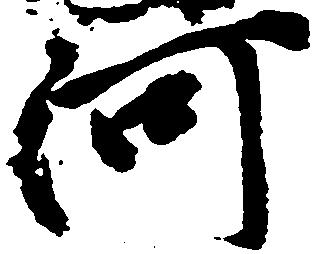
河